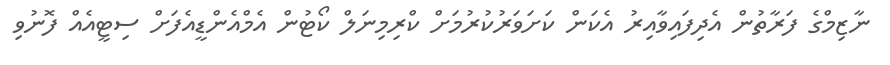
ނާޒިމްގެ ފަރާތުން އެދިފައިވާއިރު އެކަން ކަށަވަރުކުރުމަށް ކްރިމިނަލް ކޯޓުން އެމްއެންޑީއެފަށް ސިޓީއެއް ފޮނުވި